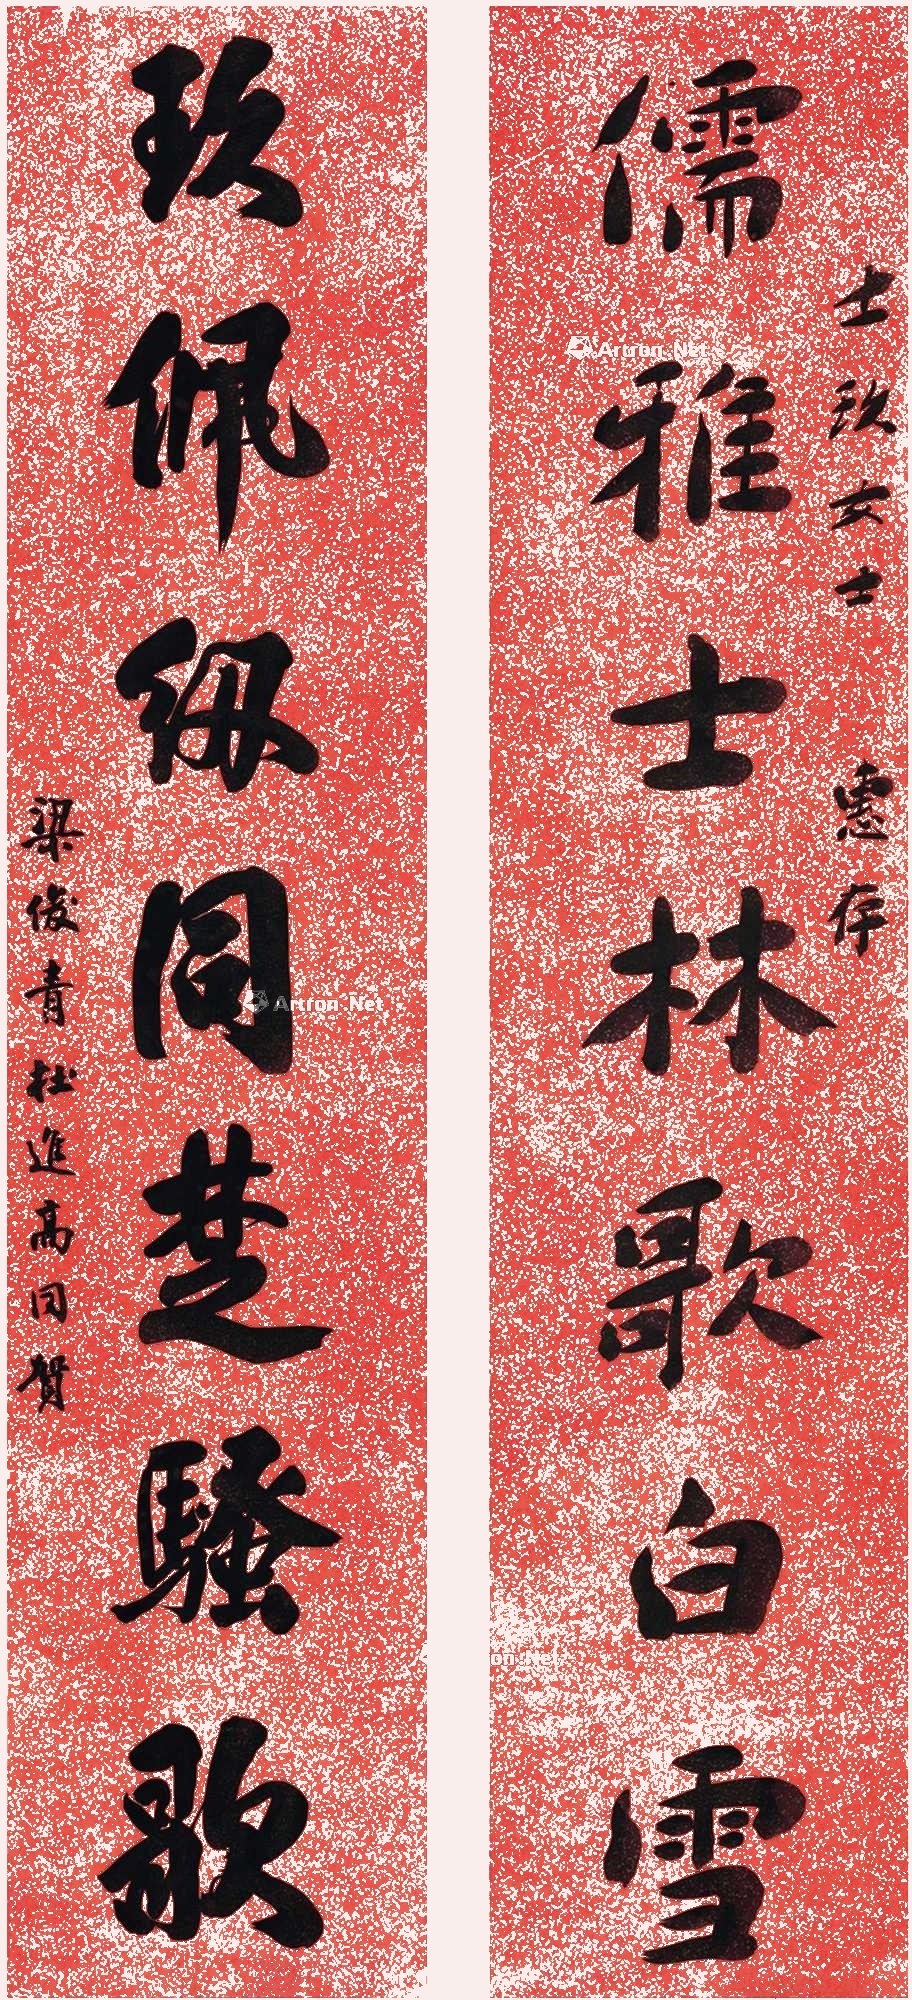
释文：儒雅士林歌白雪，玖佩纫同楚骚歌。士玖女士惠存，梁俊青、杜进高同贺。